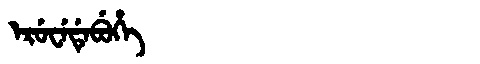
Manchu: ᡝᡵᡠᠸᡝᡩᡝᠪᡠᡥᡝ
Romanization: ERUWEDEBUHE